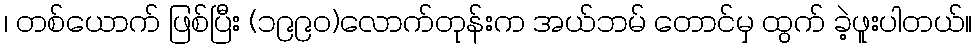
၊ တစ်ယောက် ဖြစ်ပြီး (၁၉၉၀)လောက်တုန်းက အယ်ဘမ် တောင်မှ ထွက် ခဲ့ဖူးပါတယ်။